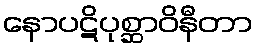
နောပဋိပုစ္ဆာဝိနီတာ